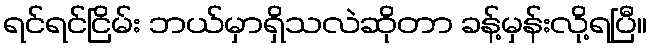
ရင်ရင်ငြိမ်း ဘယ်မှာရှိသလဲဆိုတာ ခန့်မှန်းလို့ရပြီ။